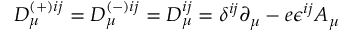
D _ { \mu } ^ { ( + ) i j } = D _ { \mu } ^ { ( - ) i j } = D _ { \mu } ^ { i j } = \delta ^ { i j } \partial _ { \mu } - e \epsilon ^ { i j } A _ { \mu }